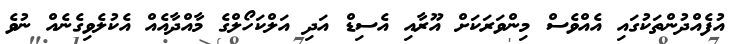
އުފެއްދުންތަކުގައި އެއްވެސް މިންވަރަކަށް އޫރާއި އެސިޑް އަދި އަލްކަހޯލްގެ މާއްދާއެއް އެކުލެވިގެނެއް ނުވެ